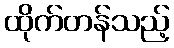
ထိုက်တန်သည့်